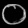
Digit: ၀